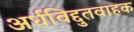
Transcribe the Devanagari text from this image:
अर्धविद्दुतवाहक